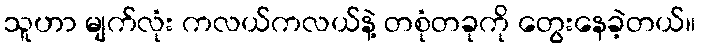
သူဟာ မျက်လုံး ကလယ်ကလယ်နဲ့ တစုံတခုကို တွေးနေခဲ့တယ်။